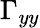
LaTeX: \Gamma_{yy}